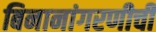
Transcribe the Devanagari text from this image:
बिनानांगरणीची